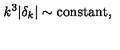
k ^ { 3 } \vert \delta _ { k } \vert \sim \mathrm { c o n s t a n t } ,